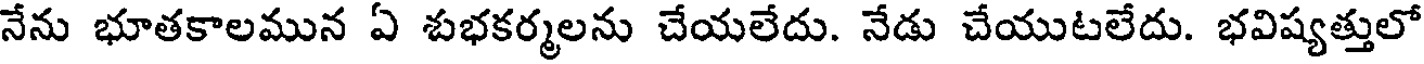
నేను భూతకాలమున ఏ శుభకర్మలను చేయలేదు. నేడు చేయుటలేదు. భవిష్యత్తులో